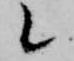
候